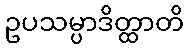
ဥပသမ္ပာဒိတ္ထာတိ